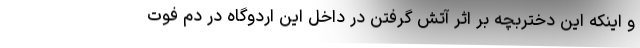
و اینکه این دختربچه بر اثر آتش گرفتن در داخل این اردوگاه در دم فوت